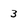
Character: 3